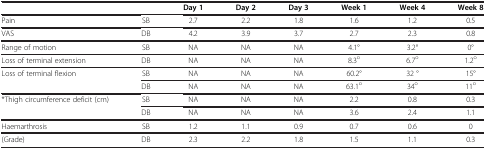
<table><thead><tr><td><b> </b></td><td><b> </b></td><td><b>Day 1</b></td><td><b>Day 2</b></td><td><b>Day 3</b></td><td><b>Week 1</b></td><td><b>Week 4</b></td><td><b>Week 8</b></td></tr></thead><tbody><tr><td>Pain</td><td>SB</td><td>2.7</td><td>2.2</td><td>1.8</td><td>1.6</td><td>1.2</td><td>0.5</td></tr><tr><td>VAS</td><td>DB</td><td>4.2</td><td>3.9</td><td>3.7</td><td>2.7</td><td>2.3</td><td>0.8</td></tr><tr><td>Range of motion</td><td>SB</td><td>NA</td><td>NA</td><td>NA</td><td>4.1°</td><td>3.2°</td><td>0°</td></tr><tr><td>Loss of terminal extension</td><td>DB</td><td>NA</td><td>NA</td><td>NA</td><td>8.3<sup>o</sup></td><td>6.7<sup>o</sup></td><td>1.2<sup>o</sup></td></tr><tr><td rowspan="2">Loss of terminal flexion</td><td>SB</td><td>NA</td><td>NA</td><td>NA</td><td>60.2°</td><td>32 °</td><td>15°</td></tr><tr><td>DB</td><td>NA</td><td>NA</td><td>NA</td><td>63.1<sup>o</sup></td><td>34<sup>o</sup></td><td>11<sup>o</sup></td></tr><tr><td rowspan="2">*Thigh circumference deficit (cm)</td><td>SB</td><td>NA</td><td>NA</td><td>NA</td><td>2.2</td><td>0.8</td><td>0.3</td></tr><tr><td>DB</td><td>NA</td><td>NA</td><td>NA</td><td>3.6</td><td>2.4</td><td>1.1</td></tr><tr><td>Haemarthrosis</td><td>SB</td><td>1.2</td><td>1.1</td><td>0.9</td><td>0.7</td><td>0.6</td><td>0</td></tr><tr><td>(Grade)</td><td>DB</td><td>2.3</td><td>2.2</td><td>1.8</td><td>1.5</td><td>1.1</td><td>0.3</td></tr></tbody></table>